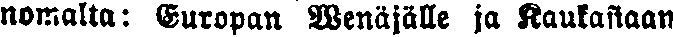
nomalla: Vuiopan Wenäjälle ja Kaukasiaan